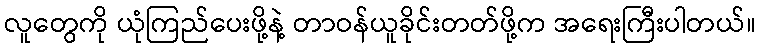
လူတွေကို ယုံကြည်ပေးဖို့နဲ့ တာဝန်ယူခိုင်းတတ်ဖို့က အရေးကြီးပါတယ်။